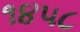
૧૪૫૮